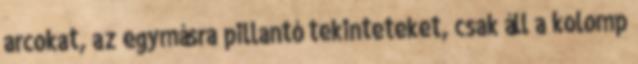
arcokat, az egymásra pillantó tekinteteket, csak áll a kolomp